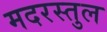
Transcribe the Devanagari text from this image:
मदरस्तुल